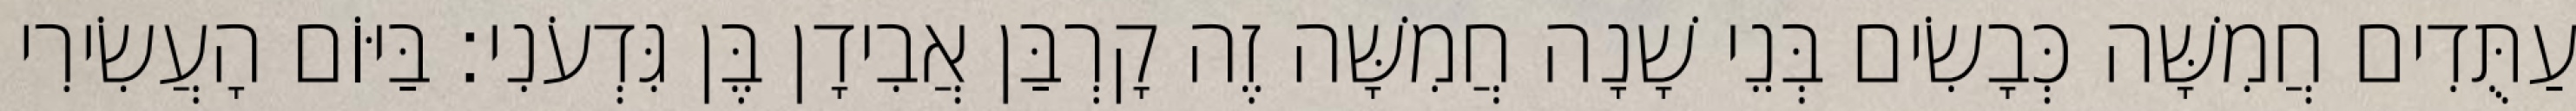
עַתֻּדִים חֲמִשָּׁה כְּבָשִׂים בְּנֵי שָׁנָה חֲמִשָּׁה זֶה קָרְבַּן אֲבִידָן בֶּן גִּדְעֹנִי׃ בַּיּוֹם הָעֲשִׂירִי